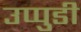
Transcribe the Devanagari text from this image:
उप्पुडी